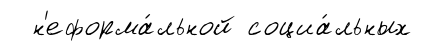
н'еформа́льной социа́льных